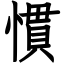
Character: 慣